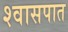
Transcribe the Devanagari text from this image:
श्वासपात